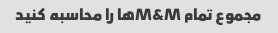
مجموع تمام M&Mها را محاسبه کنید